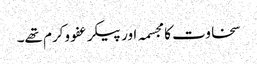
سخاوت کا مجسمہ اور پیکر عفو وکرم تھے۔